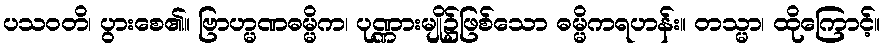
ပသဝတိ၊ ပွားစေ၏။ ဗြာဟ္မဏဓမ္မိက၊ ပုဏ္ဏားမျို၌ဖြစ်သော ဓမ္မိကရဟန်း။ တသ္မာ၊ ထိုကြောင့်။